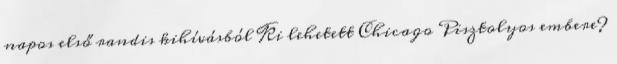
napos első randis kihívásból Ki lehetett Chicago Pisztolyos embere?